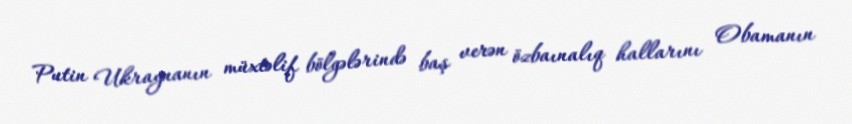
Putin Ukraynanın müxtəlif bölgələrində baş verən özbaınalıq hallarını Obamanın